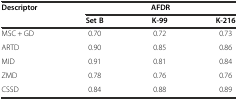
<table><thead><tr><td><b>Descriptor</b></td><td colspan="3"><b>AFDR</b></td></tr><tr><td></td><td><b>Set B</b></td><td><b>K-99</b></td><td><b>K-216</b></td></tr></thead><tbody><tr><td>MSC + GD</td><td>0.70</td><td>0.72</td><td>0.73</td></tr><tr><td>ARTD</td><td>0.90</td><td>0.85</td><td>0.86</td></tr><tr><td>MID</td><td>0.91</td><td>0.81</td><td>0.84</td></tr><tr><td>ZMD</td><td>0.78</td><td>0.76</td><td>0.76</td></tr><tr><td>CSSD</td><td>0.84</td><td>0.88</td><td>0.89</td></tr></tbody></table>